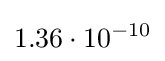
1.36\cdot 10^{-10}